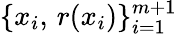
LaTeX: \{ x_{i},\, r(x_{i})\} _{i=1}^{m+1}